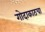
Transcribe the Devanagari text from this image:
गोदाकाठचा